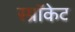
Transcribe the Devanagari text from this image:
स्प्रॉकेट